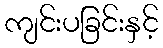
ကျင်းပခြင်းနှင့်